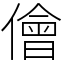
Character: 儈